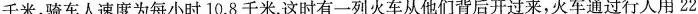
千米，骑车人速度为每小时10.8千米。这时有一列火车从他们背后开过来，火车通过行人用22